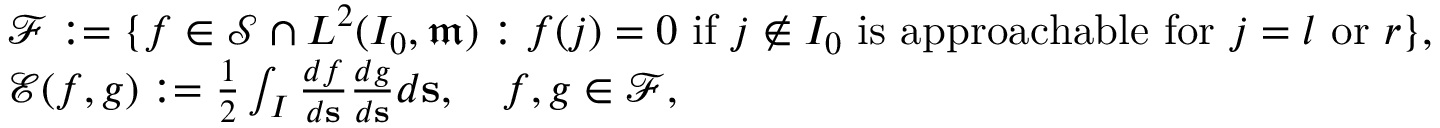
\begin{array} { r l } & { { \mathscr F } : = \{ f \in \mathscr { S } \cap L ^ { 2 } ( I _ { 0 } , \mathfrak { m } ) : f ( j ) = 0 \mathrm { ~ i f ~ } j \notin I _ { 0 } \mathrm { ~ i s ~ a p p r o a c h a b l e ~ f o r ~ } j = l \mathrm { ~ o r ~ } r \} , } \\ & { { \mathscr E } ( f , g ) : = \frac { 1 } { 2 } \int _ { I } \frac { d f } { d \mathbf { s } } \frac { d g } { d \mathbf { s } } d \mathbf { s } , \quad f , g \in { \mathscr F } , } \end{array}